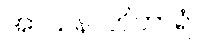
အာသနာဘိဟာရံ